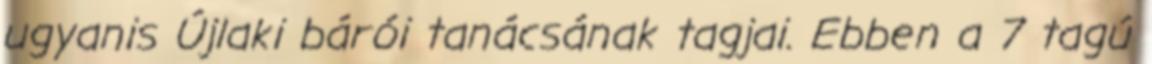
ugyanis Újlaki bárói tanácsának tagjai. Ebben a 7 tagú